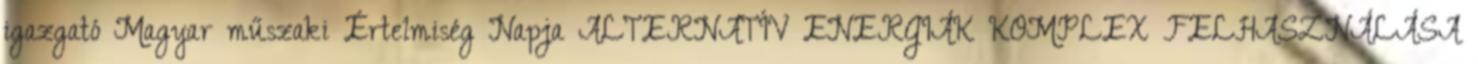
igazgató Magyar műszaki Értelmiség Napja ALTERNATÍV ENERGIÁK KOMPLEX FELHASZNÁLÁSA